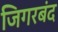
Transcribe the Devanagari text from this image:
जिगरबंद